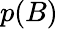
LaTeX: p(B)